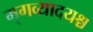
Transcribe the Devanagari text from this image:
मृगव्यादयश्च